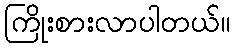
ကြိုးစားလာပါတယ်။